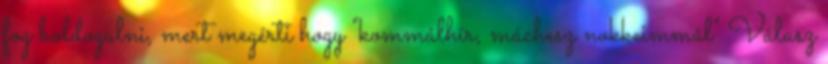
fog boldogulni, mert megérti hogy "kommálhír, máchesz nokkeimmál" Válasz